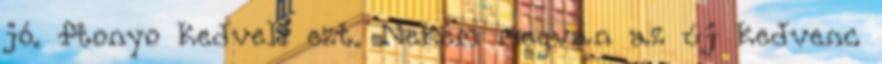
jó. ftonyo kedveli ezt. Nekem megvan az új kedvenc